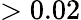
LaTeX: >0.02